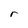
Character: r